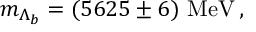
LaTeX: m _ { \Lambda _ { b } } = ( 5 6 2 5 \pm 6 ) ~ \mathrm { M e V } \, ,